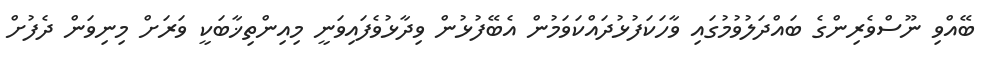
ބޭއްވި ނޫސްވެރިންގެ ބައްދަލުވުމުގައި ވާހަކަފުޅުދައްކަވަމުން އެބޭފުޅުން ވިދާޅުވެފައިވަނީ މިއިންތިޚާބަކީ ވަރަށް މިނިވަން ދެފުށް